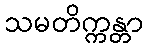
သမတိက္ကန္တာ